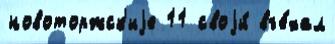
новоторжск'иjе 11 своjи́ въе́хал